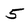
Character: 5